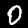
Label: 0